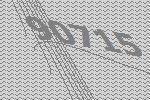
90715